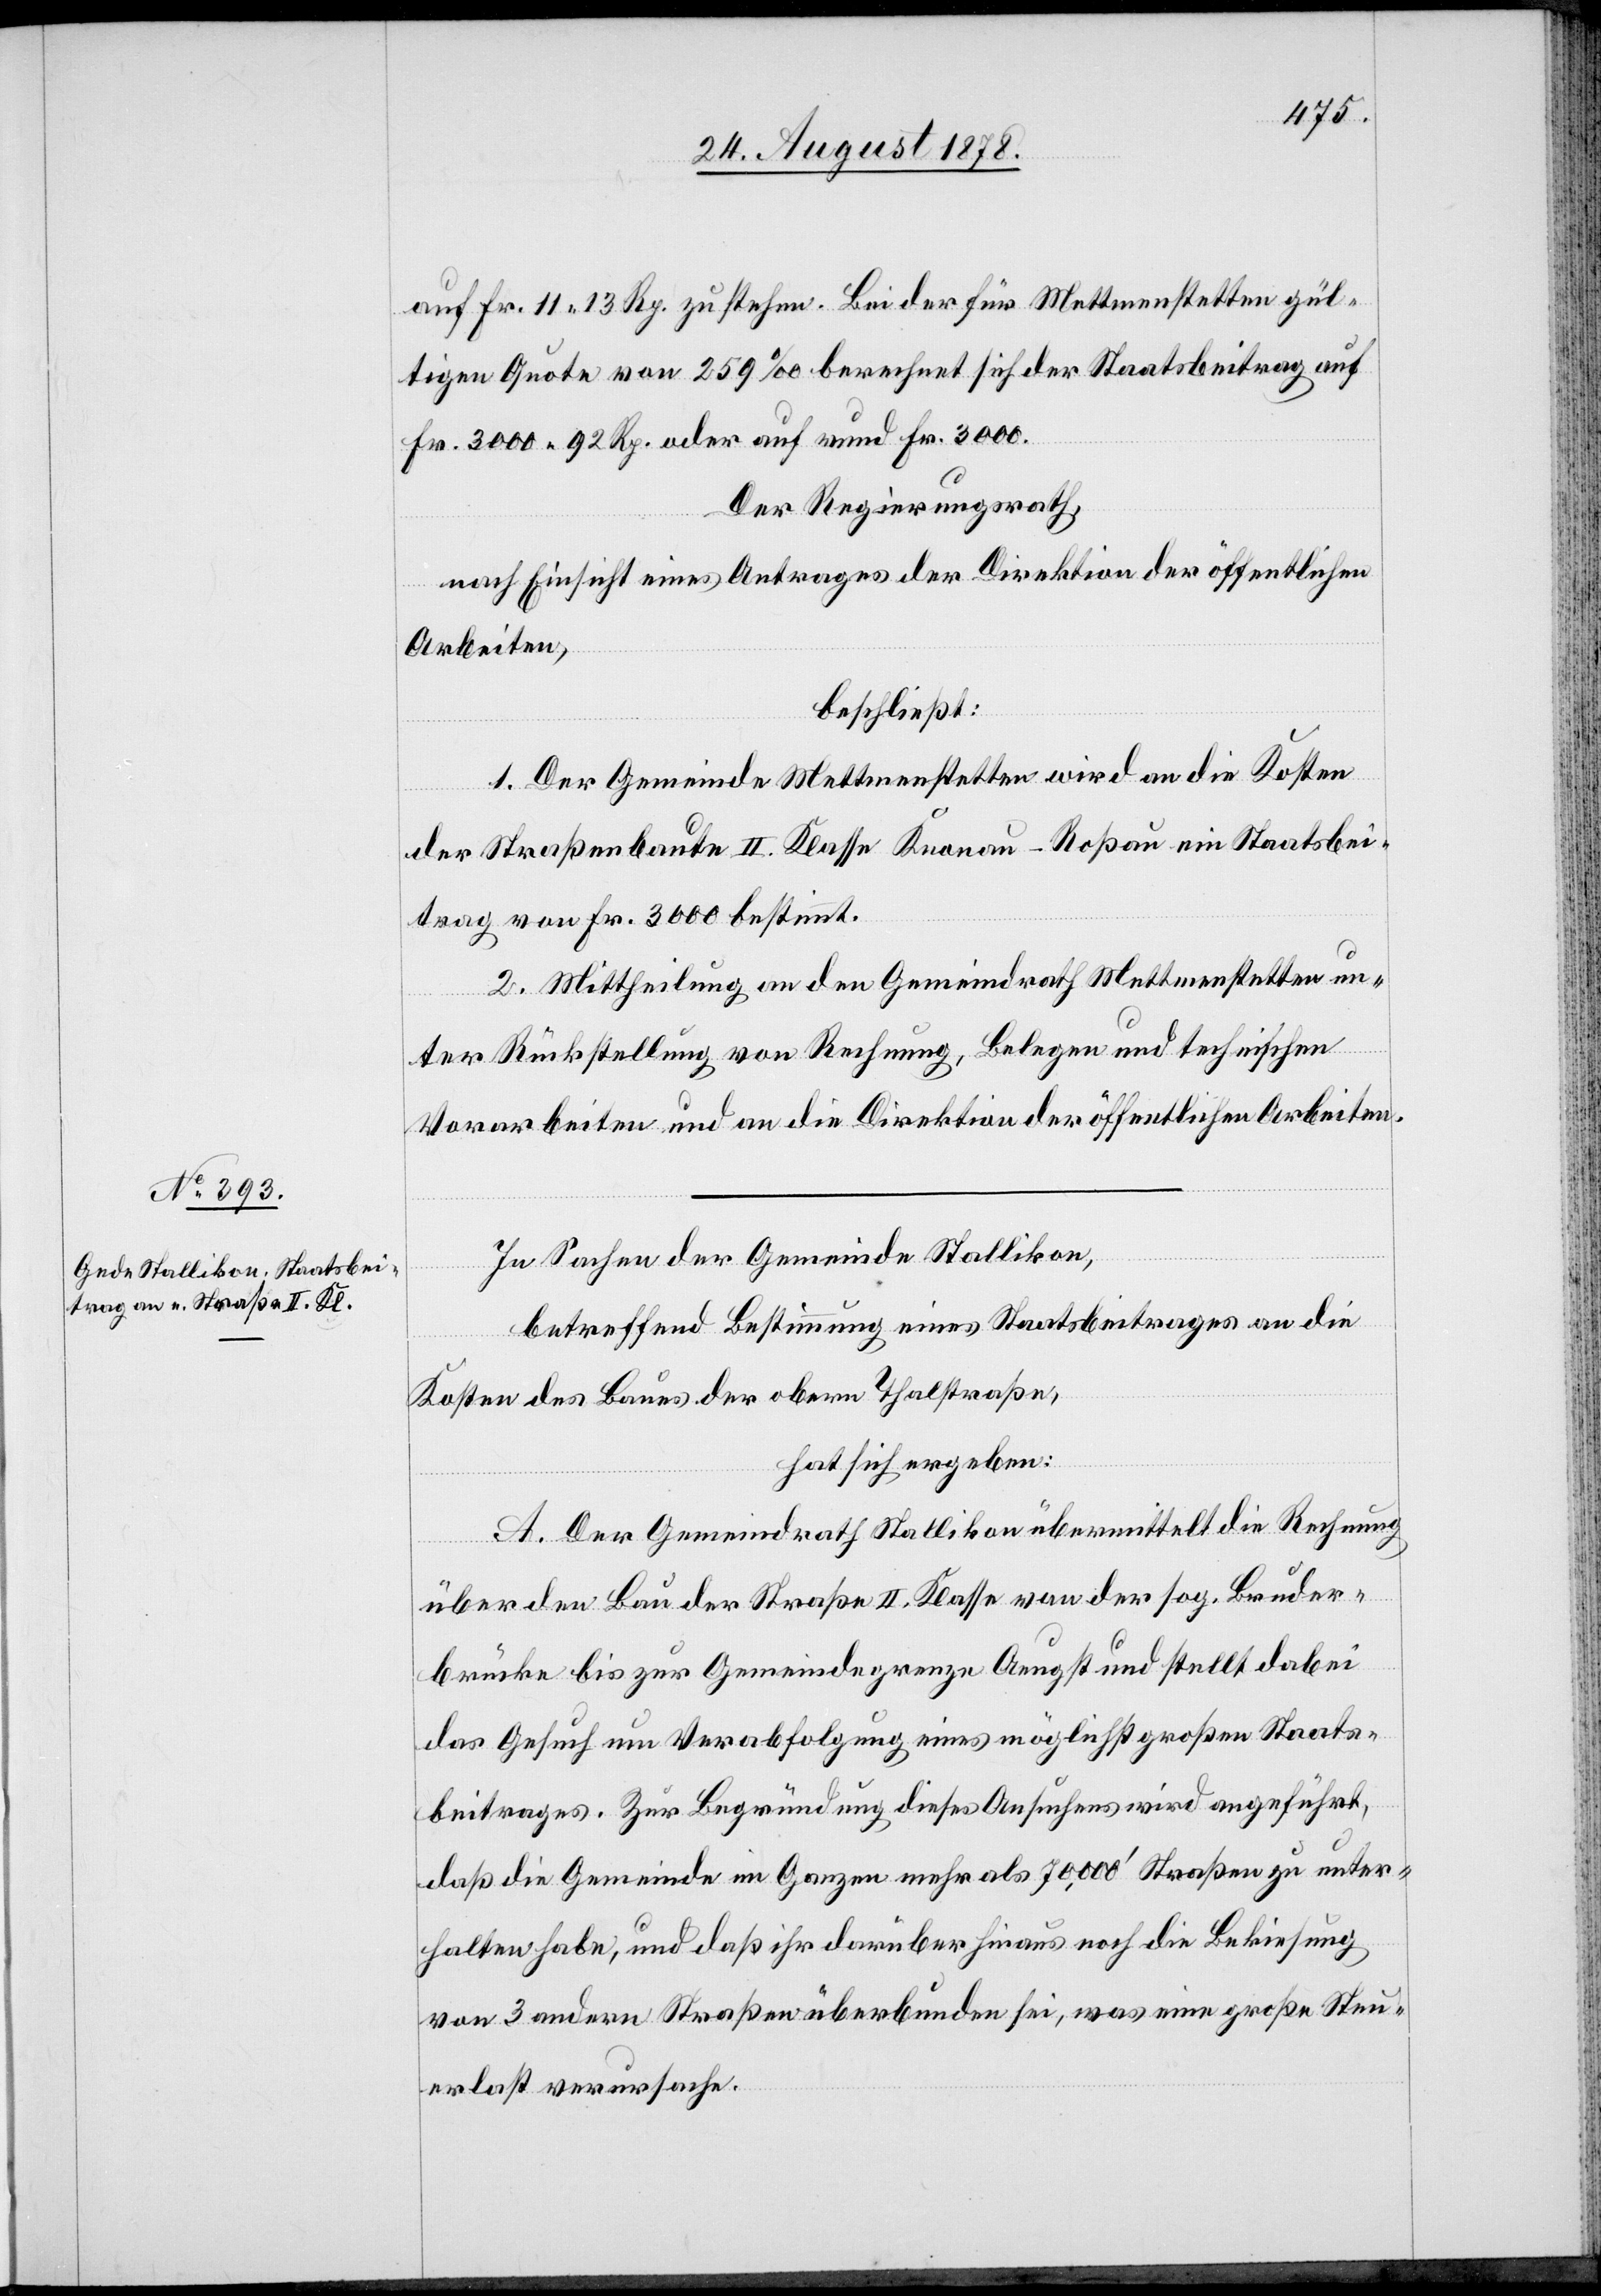
auf Fr. 11 13 Rp. zu stehen. Bei der für Mettmenstetten gül¬
tigen Quote von 259‰ berechnet sich der Staatsbeitrag auf
Fr. 3000 92 Rp. oder auf rund Fr. 3000.
Der Regierungsrath,
nach Einsicht eines Antrages der Direktion der öffentlichen
A.
Arbeiten,
beschließt:
1. Der Gemeinde Mettmenstetten wird an die Kosten
der Straßenbaute II. Klasse Knonau–Roßau ein Staatsbei¬
trag von Fr. 3000 bestimmt.
2. Mittheilung an den Gemeindrath Mettmenstetten un¬
ter Rückstellung von Rechnung, Belegen und technischen
Vorarbeiten und an die Direktion der öffentlichen Arbeiten.
In Sachen der Gemeinde Stallikon,
betreffend Bestimmung eines Staatsbeitrages an die
Kosten des Baues der obern Thalstraße,
hat sich ergeben:
über den Bau der Straße II. Klasse von der sog. Bruder¬
brücke bis zur Gemeindegrenze Aeugst und stellt dabei
das Gesuch um Verabfolgung eines möglichst großen Staats¬
beitrages. Zur Begründung dieses Ansuchens wird angeführt,
daß die Gemeinde im Ganzen mehr als 70,000’ Straßen zu unter¬
halten habe, und daß ihr darüber hinaus noch die Bekiesung
von 3 andern Straßen überbunden sei, was eine große Steu¬
erlast verursache.